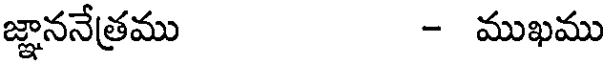
జ్ఞాననేత్రము - ముఖము